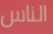
الناس